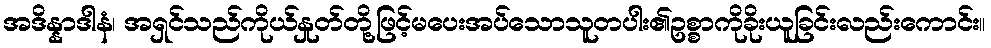
အဒိန္နာဒါနံ၊ အရှင်သည်ကိုယ်နှုတ်တို့ဖြင့်မပေးအပ်သောသူတပါး၏ဥစ္စာကိုခိုးယူခြင်းလည်းကောင်း။